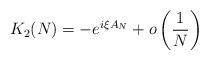
LaTeX: \begin{align*}K_2(N) = -e^{i \xi A_N} + o\left(\frac{1}{N}\right)\end{align*}